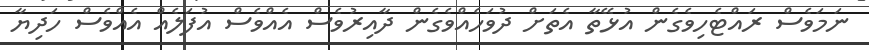
ނަމަވެސް ރައްޓެހިވެގެން އުޅޭތާ އެތަށް ދުވަހެއްވެގެން ދާއިރުވެސް އެއްވެސް އުފަލެއް އެއްވެސް ހަދިޔާ